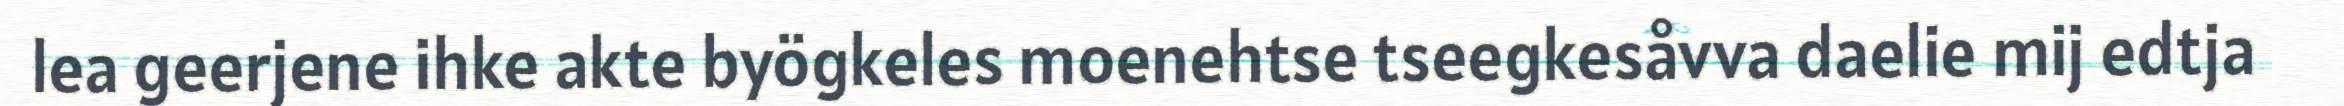
lea geerjene ihke akte byögkeles moenehtse tseegkesåvva daelie mij edtja